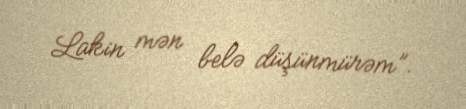
Lakin mən belə düşünmürəm”.